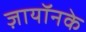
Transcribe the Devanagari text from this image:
ज़ायॉनके